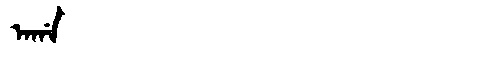
Manchu: ᠠᡤᠠ
Romanization: AGA